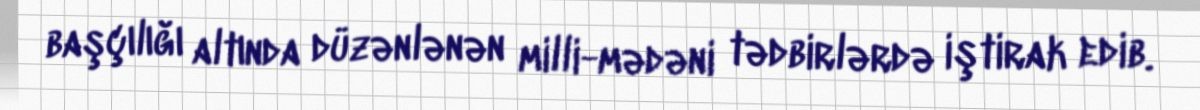
başçılığı altında düzənlənən milli-mədəni tədbirlərdə iştirak edib.